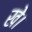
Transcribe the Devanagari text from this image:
खे।